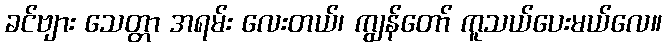
ခင်ဗျား သေတ္တာ အရမ်း လေးတယ်၊ ကျွန်တော် ကူသယ်ပေးမယ်လေ။